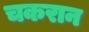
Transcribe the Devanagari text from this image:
चकरान